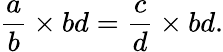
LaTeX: {\frac{a}{b}}\times bd={\frac{c}{d}}\times bd.